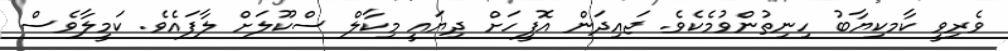
ވެރިވީ ކާމކިޔާބު ހިނިތުންވުމެކެވެ. ޖައިދަން އޮފީހަށް ދިޔައީ މިކާލް ސްކޫލަށް ލާފައެވެ. ކަމީލާވެސް